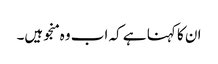
ان کا کہنا ہے کہ اب وہ منجو ہیں۔